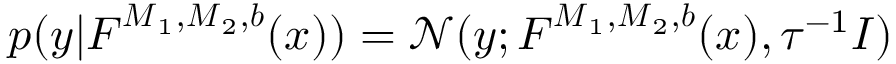
p ( \boldsymbol { y } | \boldsymbol { F } ^ { \boldsymbol { M } _ { 1 } , \boldsymbol { M } _ { 2 } , \boldsymbol { b } } ( \boldsymbol { x } ) ) = \mathcal { N } ( \boldsymbol { y } ; \boldsymbol { F } ^ { \boldsymbol { M } _ { 1 } , \boldsymbol { M } _ { 2 } , \boldsymbol { b } } ( \boldsymbol { x } ) , \tau ^ { - 1 } I )